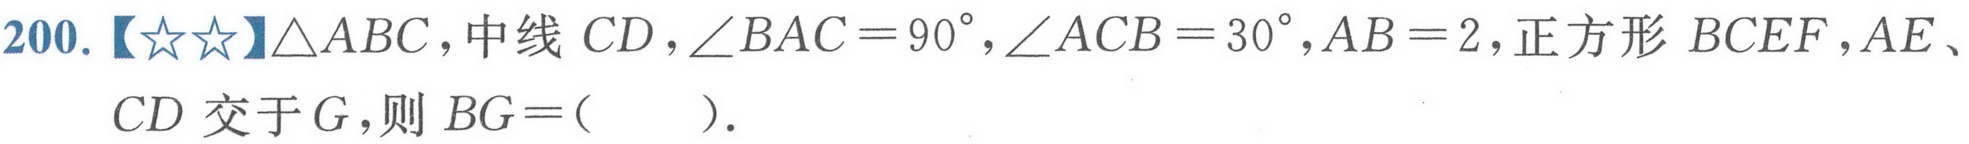
200.【☆☆】\(\triangle ABC\)，中线 \(CD\)，\(\angle BAC = 90^{\circ}\)，\(\angle ACB = 30^{\circ}\)，\(AB = 2\)，正方形 \(BCEF\)，\(AE\)、\(CD\) 交于 \(G\)，则 \(BG=(\ \ \ \ )\).